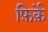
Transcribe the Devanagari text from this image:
फ़िर्क़े